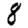
Digit: 8